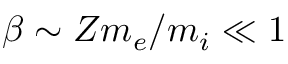
\beta \sim Z m _ { e } / m _ { i } \ll 1